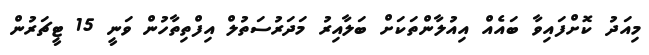
މިއަދު ކޮށްފައިވާ ބައެއް އިއުލާންތަކަށް ބަލާއިރު މަދަރުސަތުލް އިފްތިތާހުން ވަނީ 15 ޓީޗަރުން